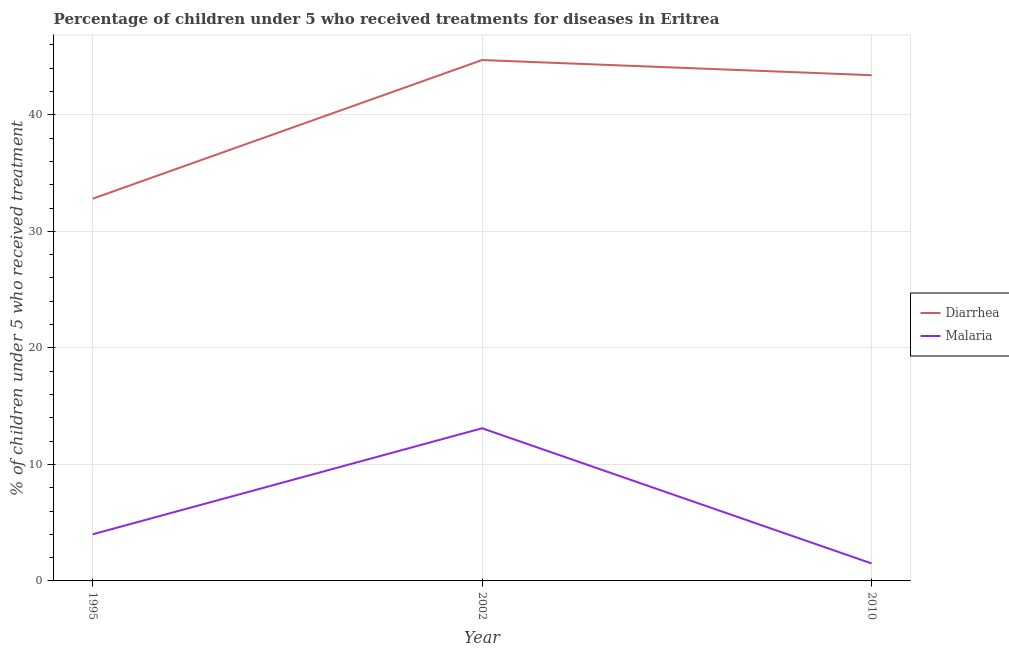
| Year | Diarrhea | Malaria |
 | --- | --- | --- |
 | 1995 | 32.8 | 4 |
 | 2002 | 44.7 | 13.1 |
 | 2010 | 43.4 | 1.5 |